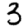
Digit: 3